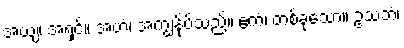
အယျ၊ အရှင်။ အဟံ၊ အကျွန်ုပ်သည်။ ဧကံ၊ တစ်ခုသော။ ဥသဘံ၊